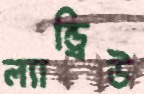
ল্যান্ড্রিউ